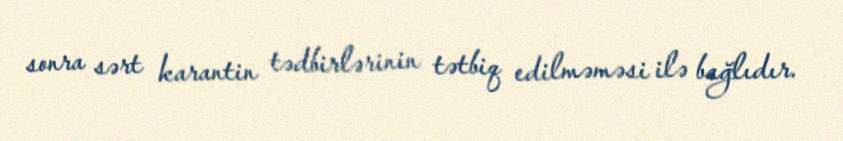
sonra sərt karantin tədbirlərinin tətbiq edilməməsi ilə bağlıdır.